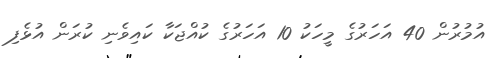
އުމުރުން 40 އަހަރުގެ މީހަކު 10 އަހަރުގެ ކުއްޖަކާ ކައިވެނި ކުރަން އުޅެފި